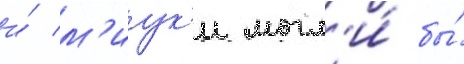
и́ м'иук'и могл'и́ бы́